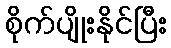
စိုက်ပျိုးနိုင်ပြီး